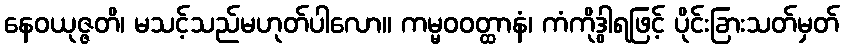
နေဝယုဇ္ဇတိ၊ မသင့်သည်မဟုတ်ပါလော။ ကမ္မဝဝတ္ထာနံ၊ ကံကိုဒွါရဖြင့် ပိုင်းခြားသတ်မှတ်